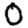
Digit: 0